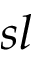
s l